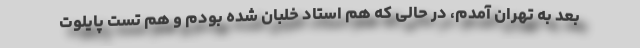
بعد به تهران آمدم، در حالی که هم استاد خلبان شده بودم و هم تست پایلوت